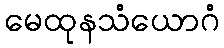
မေထုနသံယောဂံ